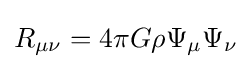
R_{\mu \nu }=4\pi G\rho \Psi _{\mu }\Psi _{\nu }